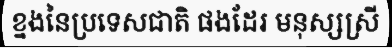
ខ្នងនៃប្រទេសជាតិ ផងដែរ មនុស្សស្រី